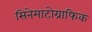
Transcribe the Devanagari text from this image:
सिनेमाटोग्राफिक